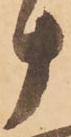
十